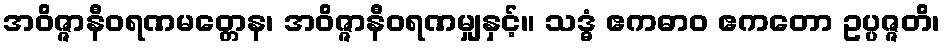
အဝိဇ္ဇာနီဝရဏမတ္တေန၊ အဝိဇ္ဇာနီဝရဏမျှနှင့်။ သဒ္ဓံ ဧကဓာဝ ဧကတော ဥပ္ပဇ္ဇတိ၊